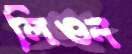
লিওন